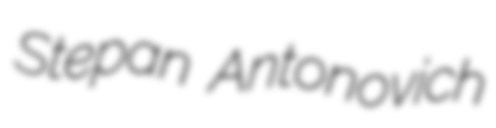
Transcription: Stepan Antonovich